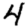
Digit: 4